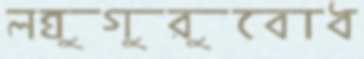
লঘুগুরুবোধ